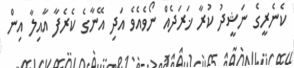
ކެނެރީގެ ނަޝީދު ކުރާ ޚަރަދެއް ނޯވެއެވެ އަދި އޭނާގެ ކެރެފާ އާއިލާ އިން